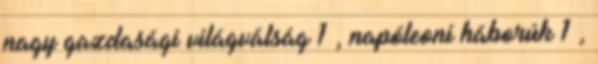
nagy gazdasági világválság 1 , napóleoni háborúk 1 ,